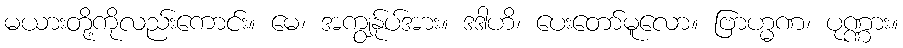
မယားတို့ကိုလည်းကောင်း။ မေ၊ အကျွန်ုပ်အား။ ဒဒါဟိ၊ ပေးတော်မူလော။ ဗြာဟ္မဏ၊ ပုဏ္ဏား။